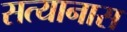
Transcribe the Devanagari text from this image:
सत्यानास